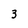
Character: 3